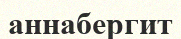
аннабергит